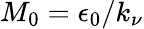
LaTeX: M_{0}=\epsilon_{0}/k_{\nu}